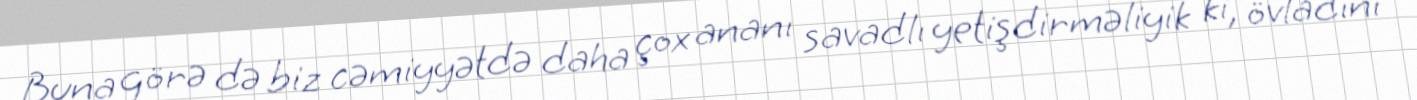
Buna görə də biz cəmiyyətdə daha çox ananı savadlı yetişdirməliyik ki, övladını